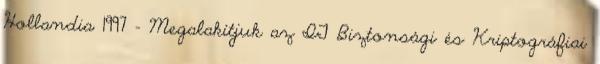
Hollandia 1997 - Megalakítjuk az IT Biztonsági és Kriptográfiai